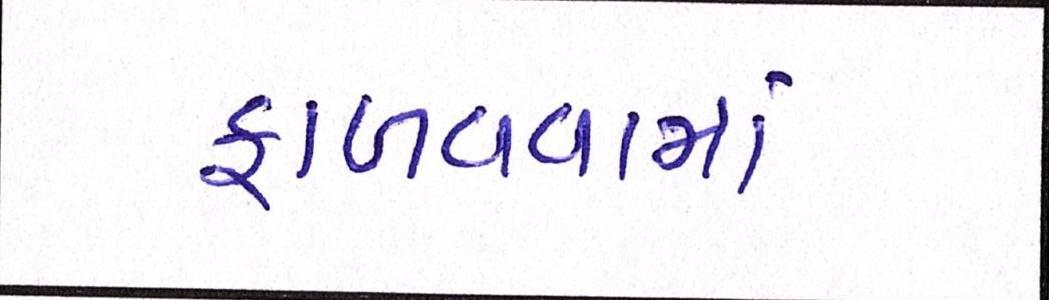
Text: ફાળવવામાં